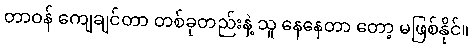
တာဝန် ကျေချင်တာ တစ်ခုတည်းနဲ့ သူ နေနေတာ တော့ မဖြစ်နိုင်။